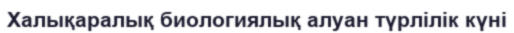
Халықаралық биологиялық алуан түрлілік күні